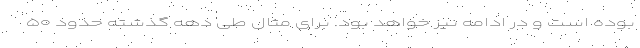
بوده است و در ادامه نیز خواهد بود. برای مثال طی دهه گذشته حدود ۵۰